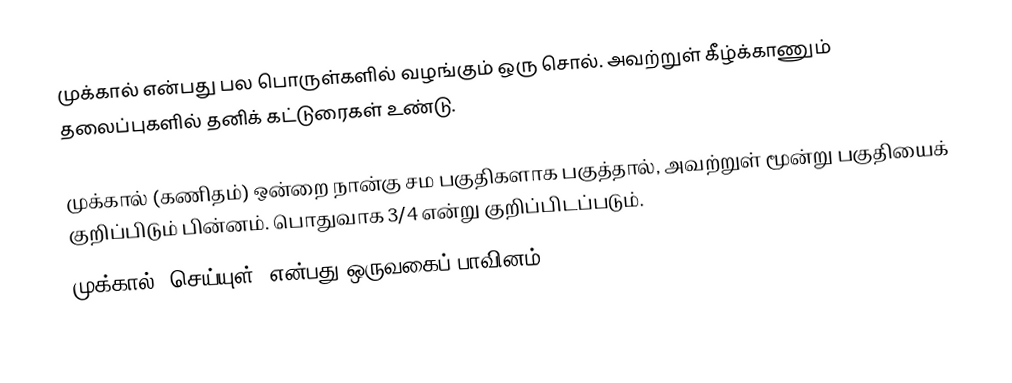
முக்கால் என்பது பல பொருள்களில் வழங்கும் ஒரு சொல். அவற்றுள் கீழ்க்காணும் தலைப்புகளில் தனிக் கட்டுரைகள் உண்டு.

முக்கால் (கணிதம்)  ஒன்றை நான்கு சம பகுதிகளாக பகுத்தால், அவற்றுள் மூன்று பகுதியைக் குறிப்பிடும் பின்னம். பொதுவாக 3/4 என்று குறிப்பிடப்படும்.
முக்கால் (செய்யுள்) என்பது ஒருவகைப் பாவினம்.